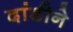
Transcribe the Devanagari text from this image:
दांडीने